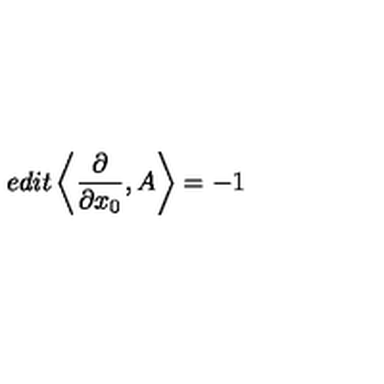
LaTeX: e d i t \left< \frac { \partial } { \partial x _ { 0 } } , A \right> = - 1